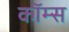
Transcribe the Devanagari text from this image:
कॉम्स